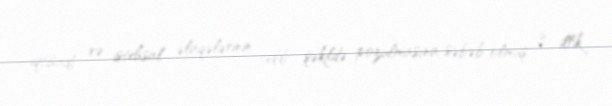
iqtisadi və istehsal əlaqələrinin ciddi şəkildə pozulmasına səbəb olmuş 3 illik